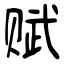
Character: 赋